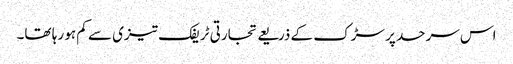
اس سرحد پر سڑک کے ذریعے تجارتی ٹریفک تیزی سے کم ہو رہا تھا۔